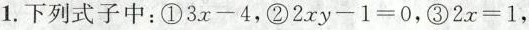
1.下列式子中：①$$3x-4$$，②$$2xy-1=0$$，③$$2x=1$$，